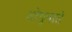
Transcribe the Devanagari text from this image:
शोगुनाते